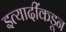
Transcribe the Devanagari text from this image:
इत्यादींकडून